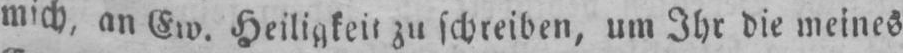
zu schreiben, um Ihr die meines